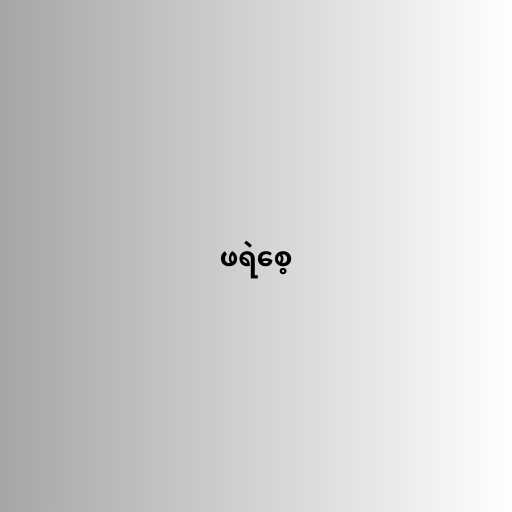
ဖရဲစေ့